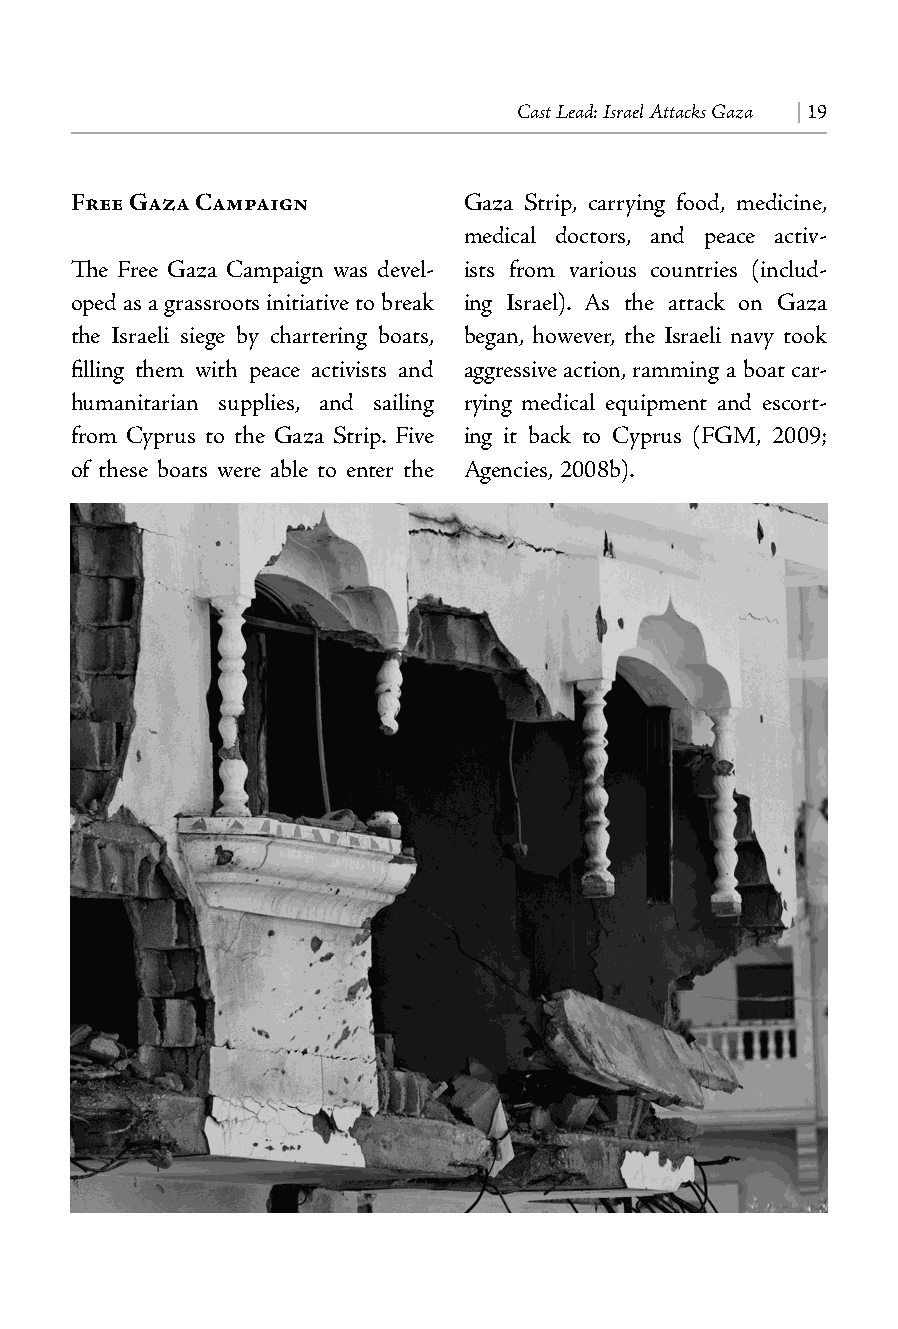
Cast Lead: Israel Attacks Gaza | 19
 Free Gaza Campaign        Gaza Strip, carrying food, medicine,
 medical doctors, and peace activ-
 The Free Gaza Campaign was devel- ists from various countries (includ-
 oped as a grassroots initiative to break ing Israel). As the attack on Gaza
 the Israeli siege by chartering boats, began, however, the Israeli navy took
 filling them with peace activists and aggressive action, ramming a boat car-
 humanitarian supplies, and sailing rying medical equipment and escort-
 from Cyprus to the Gaza Strip. Five ing it back to Cyprus (FGM, 2009;
 of these boats were able to enter the Agencies, 2008b).